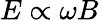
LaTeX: E\propto\omega B